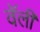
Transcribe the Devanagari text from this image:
वॅली